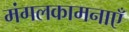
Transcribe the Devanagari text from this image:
मंगलकामनाएँ